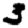
Digit: 3